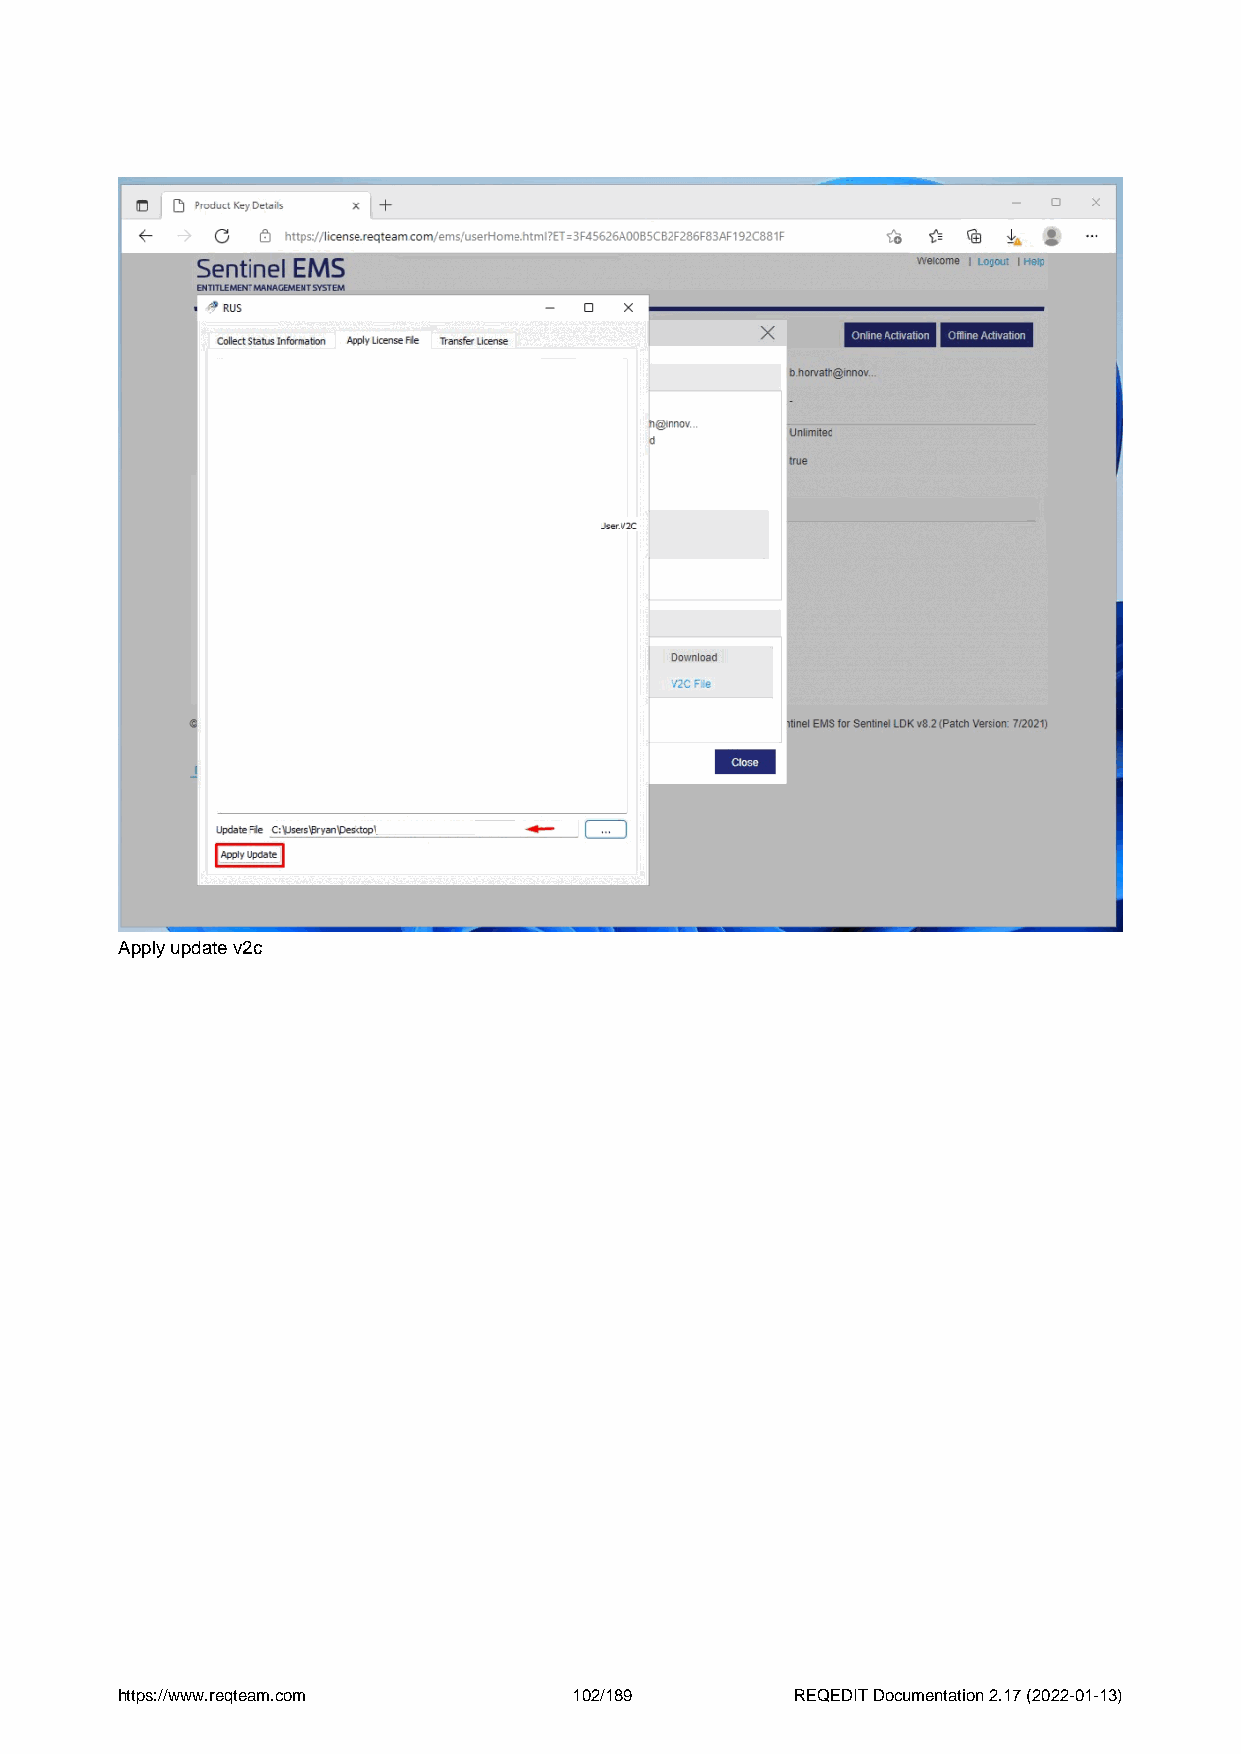
Apply update v2c
 https://www.reqteam.com       102/189        REQEDIT Documentation 2.17 (2022-01-13)